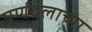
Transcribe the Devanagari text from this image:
पर्णदलाच्या